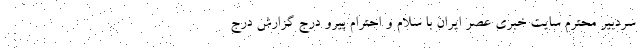
سردبیر محترم سایت خبری عصر ایران با سلام و احترام پیرو درج گزارش درج